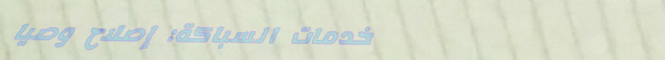
خدمات السباكة: إصلاح وصيا